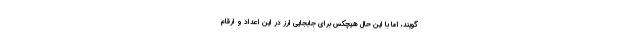
گویند، ‌اما با این حال هیچکس برای جابجایی ارز در این اعداد و ارقام